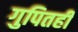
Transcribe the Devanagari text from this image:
गुपितही